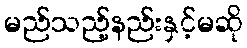
မည်သည့်နည်းနှင့်မဆို